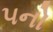
૫નો